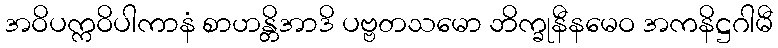
အဝိပက္ကဝိပါကာနံ စာဟန္တိအာဒိ ပဗ္ဗတသမော ဘိက္ခုနီနမေဝ အကနိဋ္ဌဂါမီ